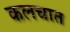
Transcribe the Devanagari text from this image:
कलचात